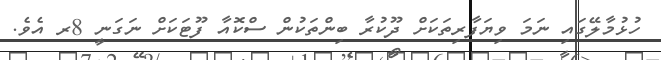
ހުޅުމާލޭގައި ނަމަ ވިޔަފާރިތަކަށް ދޫކުރާ ބިންތަކުން ސްކޮއާ ފޫޓަކަށް ނަގަނީ 8ރ އެވެ.